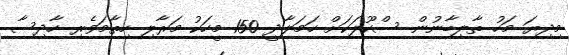
މިދިޔަ މަހު ތާލިބާނުން ސްކޫލަކަށް ހަމަލާދީ 150 މީހަކު މަރާލި ހިތާމަވެރި ހާދިސާ